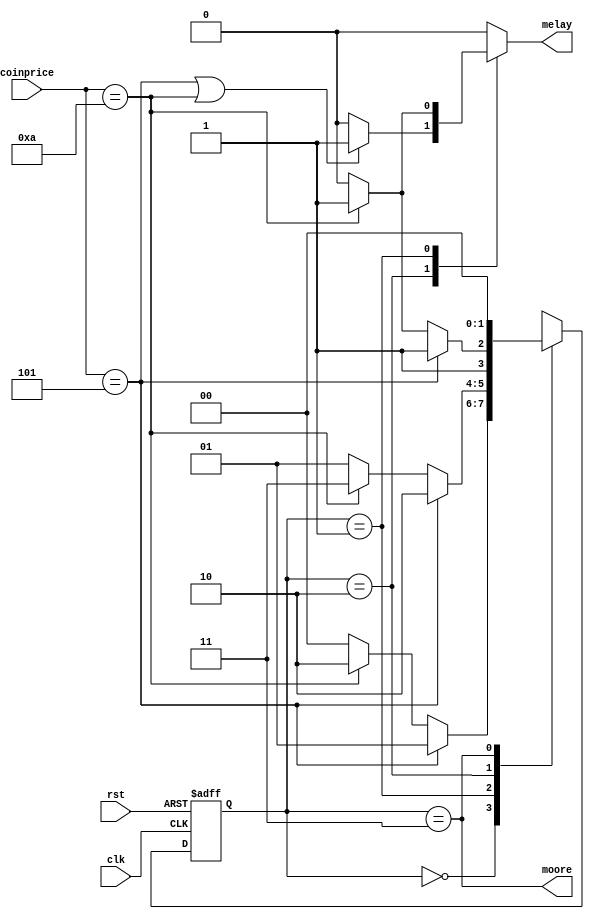
module fsm(clk,rst,coinprice,melay,moore);

  input clk,rst;
  input [3:0]coinprice;
  output reg melay;
  output moore;
  
  
  reg [1:0]state;
 parameter IDLE=2'b00,
           s1=2'b01,
		   s2=2'b10,
		   s3=2'b11;
		   
 always @(posedge clk or posedge rst)
 begin
  if(rst) state<=IDLE;
   else
     case(state)
	  IDLE : if(coinprice == 4'd5)
	            state <= s1;
		     else if(coinprice == 4'd10)
			    state <= s2;
			 else
			    state <= IDLE;
	 s1 : if(coinprice == 4'd5)
	            state <= s2;
		     else if(coinprice == 4'd10)
			    state <= s3;
			 else
			    state <= s1;
	 s2 : if(coinprice == 4'd5)
	            state <= s3;
		     else if(coinprice == 4'd10)
			    state <= s3;
			 else
			    state <= s2;
	s3 : state <= IDLE;
			
   endcase
 end

  assign moore = state == s3;
  
  
  always @ (state,coinprice)
  begin
   case(state)
    s2 : melay =  (coinprice == 4'd5 || coinprice ==4'd10) ? 1 : 0;
	s1 : melay = coinprice == 4'd10 ? 1: 0;
	default : melay =0;
	endcase
  
  end


endmodule